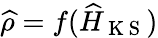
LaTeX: \widehat\rho=f(\widehat{H}_{\mathrm{~K~S~}})